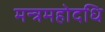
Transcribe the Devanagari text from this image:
मन्त्रमहोदधि